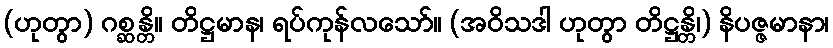
(ဟုတွာ) ဂစ္ဆန္တိ။ တိဋ္ဌမာန၊ ရပ်ကုန်လသော်။ (အဝိသဒါ ဟုတွာ တိဋ္ဌန္တိ၊) နိပဇ္ဇမာနာ၊